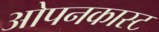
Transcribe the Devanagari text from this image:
ओपनकास्ट